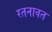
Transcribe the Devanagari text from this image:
रतनावत